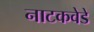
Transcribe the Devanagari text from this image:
नाटकवेडे